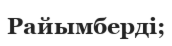
Райымберді;